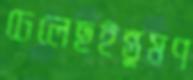
ঢেলেছইন্তুমণ